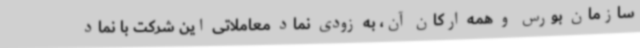
سازمان بورس و همه ارکان آن، به زودی نماد معاملاتی این شرکت با نماد